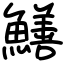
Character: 鱔